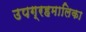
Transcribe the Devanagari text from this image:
उपग्रहमालिका